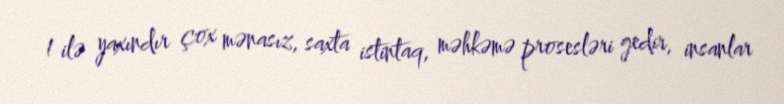
1 ilə yaxındır çox mənasız, saxta istintaq, məhkəmə prosesləri gedir, insanlar